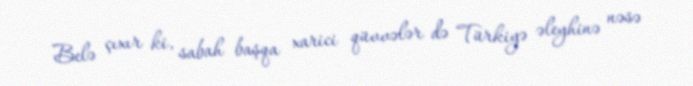
Belə çıxır ki, sabah başqa xarici qüvvələr də Türkiyə əleyhinə nəsə